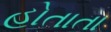
હોતાતા